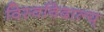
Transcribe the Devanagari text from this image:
विस्वविदाल्य्